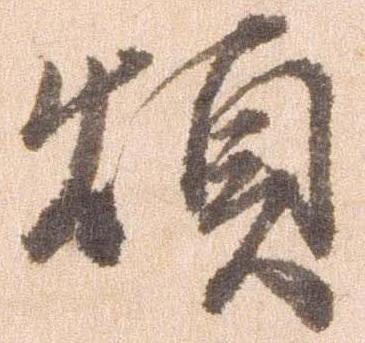
煩